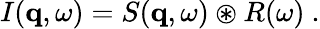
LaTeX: \begin{array}{r}{I(\mathbf{q},\omega)=S(\mathbf{q},\omega)\circledast R(\omega)\ .}\end{array}